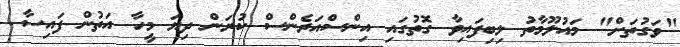
"ވަގުތަށް" މައުލޫމާތު ލިބިފައިވާ ގޮތުގައި އިންސްއަރެންސް ކުރަން ދިޔަ މީހާ އަތުން ފައިސާ